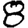
Digit: 8